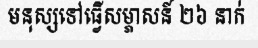
មនុស្សទៅធ្វើសម្ភាសន៍ ២៦ នាក់